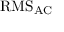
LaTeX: { \mathrm { R M S } } _ { \mathrm { A C } }